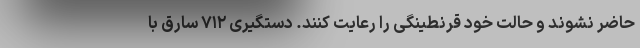
حاضر نشوند و حالت خود قرنطینگی را رعایت کنند. دستگیری ۷۱۲ سارق با